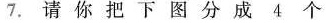
7.请你把下图分成4个